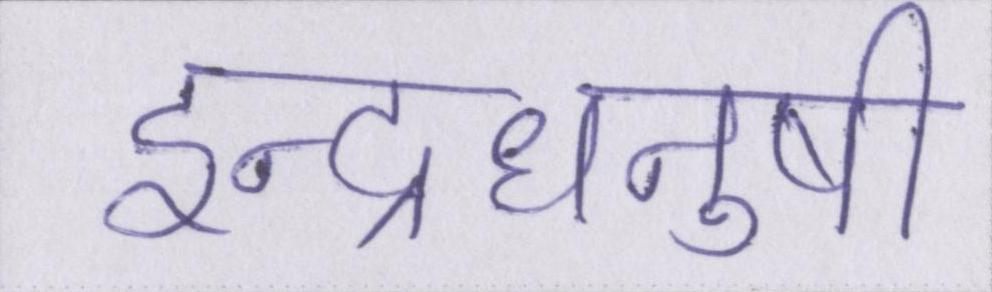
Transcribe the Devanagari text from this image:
इन्द्रधनुषी